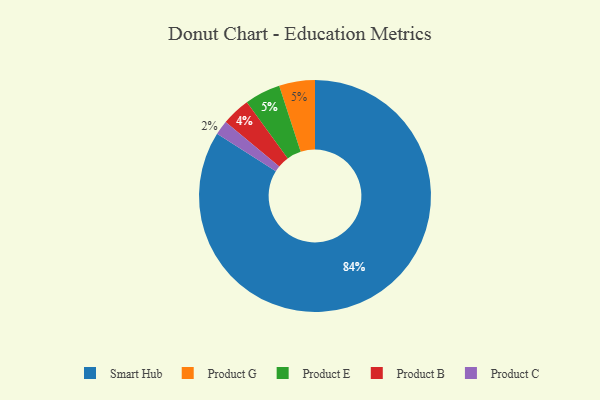
{"axis": {"x": "Category", "y": "Percentage"}, "legend": ["Product B", "Product C", "Product E", "Product G", "Smart Hub"], "data": [{"x": "Product G", "y": 5, "type": "Product G"}, {"x": "Product E", "y": 5, "type": "Product E"}, {"x": "Product B", "y": 4, "type": "Product B"}, {"x": "Smart Hub", "y": 84, "type": "Smart Hub"}, {"x": "Product C", "y": 2, "type": "Product C"}]}